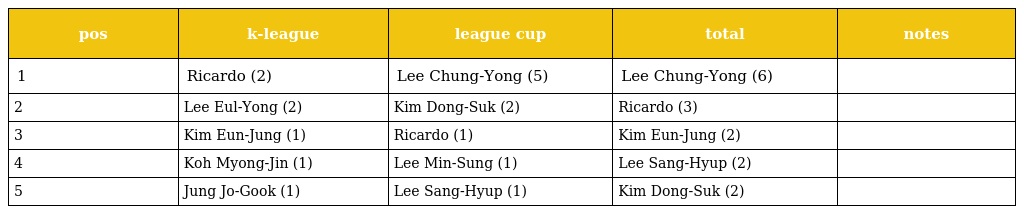
| pos | k-league | league cup | total | notes |
 | --- | --- | --- | --- | --- |
 | 1 | Ricardo (2) | Lee Chung-Yong (5) | Lee Chung-Yong (6) |  |
 | 2 | Lee Eul-Yong (2) | Kim Dong-Suk (2) | Ricardo (3) |  |
 | 3 | Kim Eun-Jung (1) | Ricardo (1) | Kim Eun-Jung (2) |  |
 | 4 | Koh Myong-Jin (1) | Lee Min-Sung (1) | Lee Sang-Hyup (2) |  |
 | 5 | Jung Jo-Gook (1) | Lee Sang-Hyup (1) | Kim Dong-Suk (2) |  |